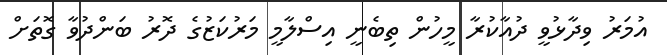
އުމަރު ވިދާޅުވީ ދުއާކުރާ މީހުން ތިބެނީ އިސްލާމީ މަރުކަޒުގެ ދޮރު ބަންދުވާ ގޮތަށް